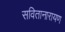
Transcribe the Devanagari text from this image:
सवितानारायण